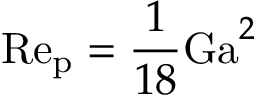
\mathrm { R e _ { p } } = \frac { 1 } { 1 8 } \mathrm { G a } ^ { 2 }